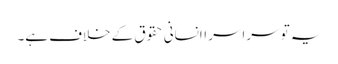
یہ تو سراسر اانسانی حقوق کے خلاف ہے۔